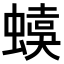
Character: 𧏜